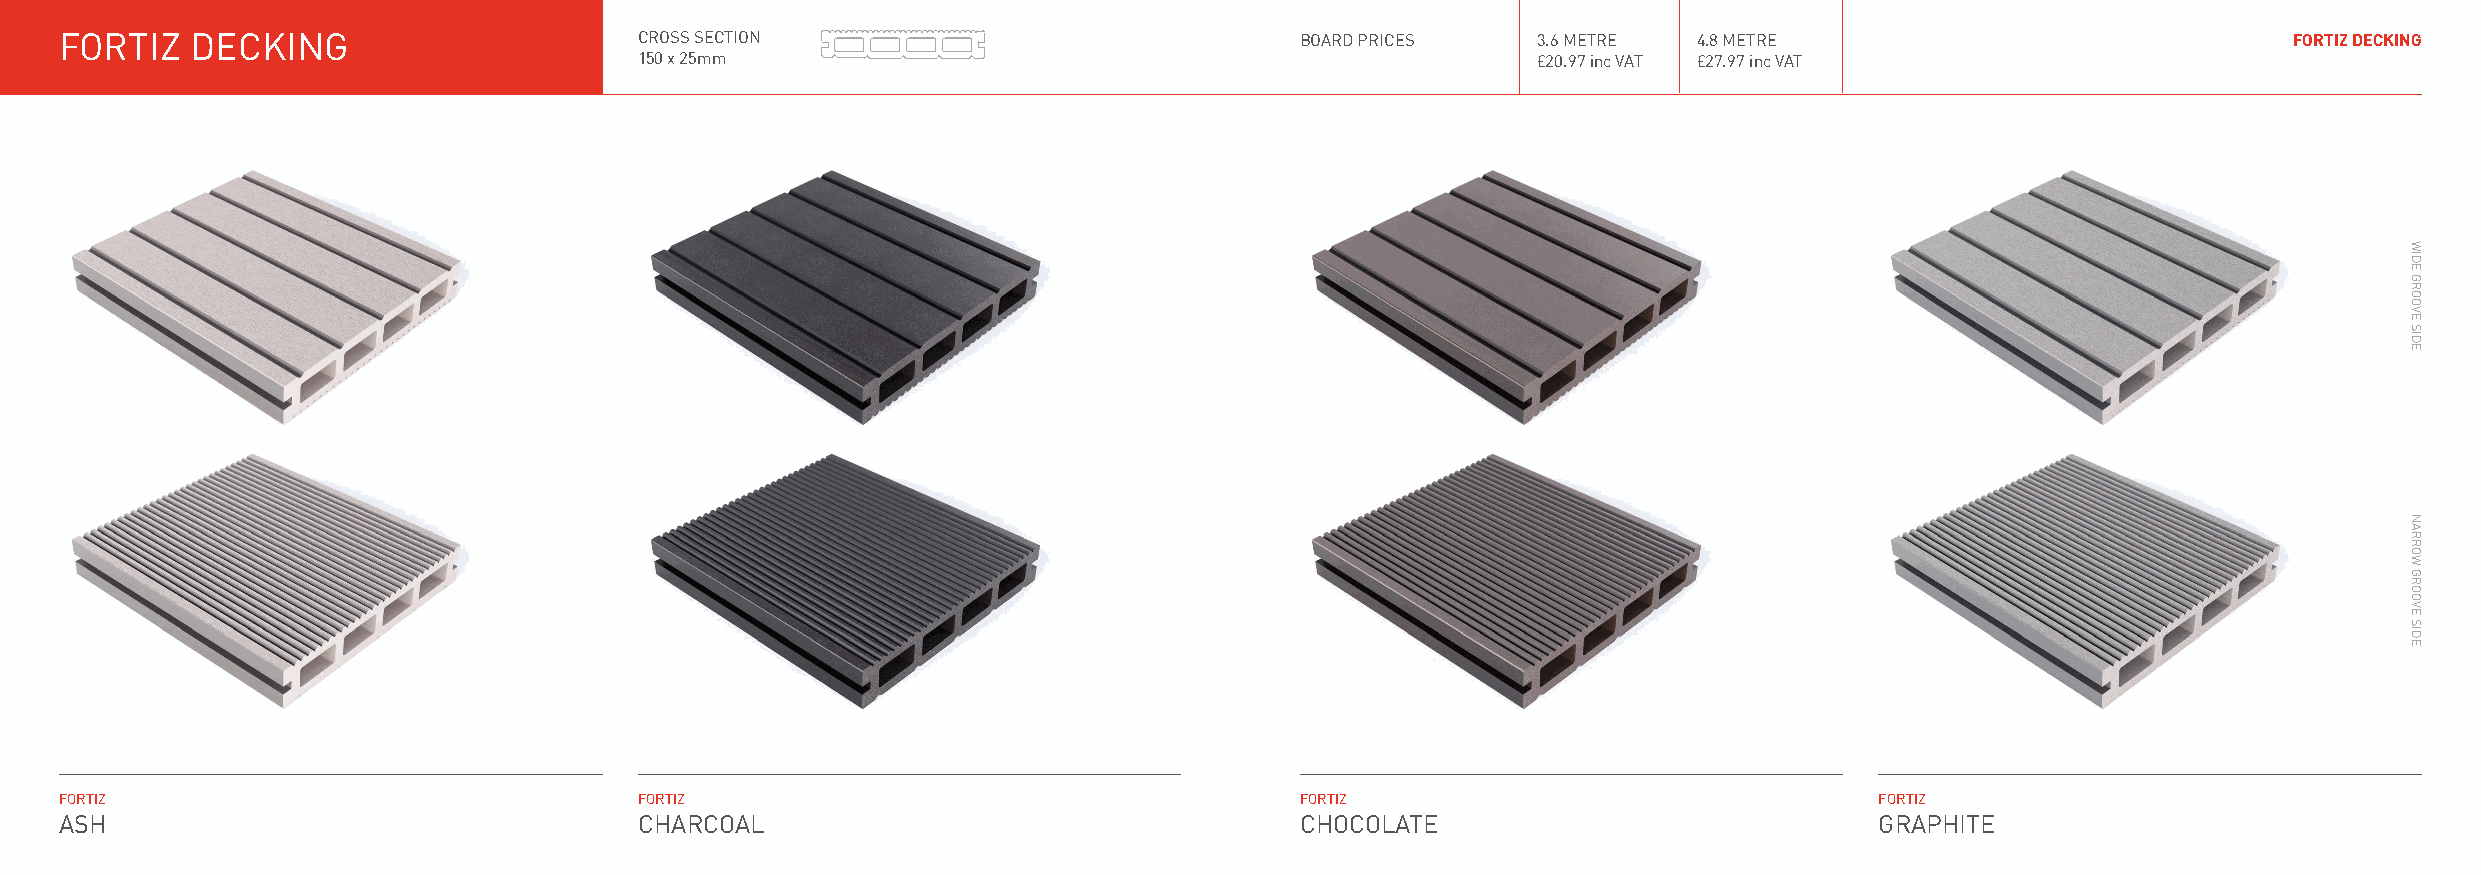
FORTIZ   DECKING                      CROSS SECTION                               BOARD PRICES    3.6 METRE 4.8 METRE                               FORTIZ DECKING
 150 x 25mm                                                  £20.97 inc VAT £27.97 inc VAT
 FORTIZ                                FORTIZ                                      FORTIZ                                FORTIZ
 ASH                                   CHARCOAL                                    CHOCOLATE                             GRAPHITE
 WIDE
 GROOVE
 SIDE
 NARROW
 GROOVE
 SIDE